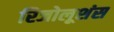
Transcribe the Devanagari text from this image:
रिजोलूशंस